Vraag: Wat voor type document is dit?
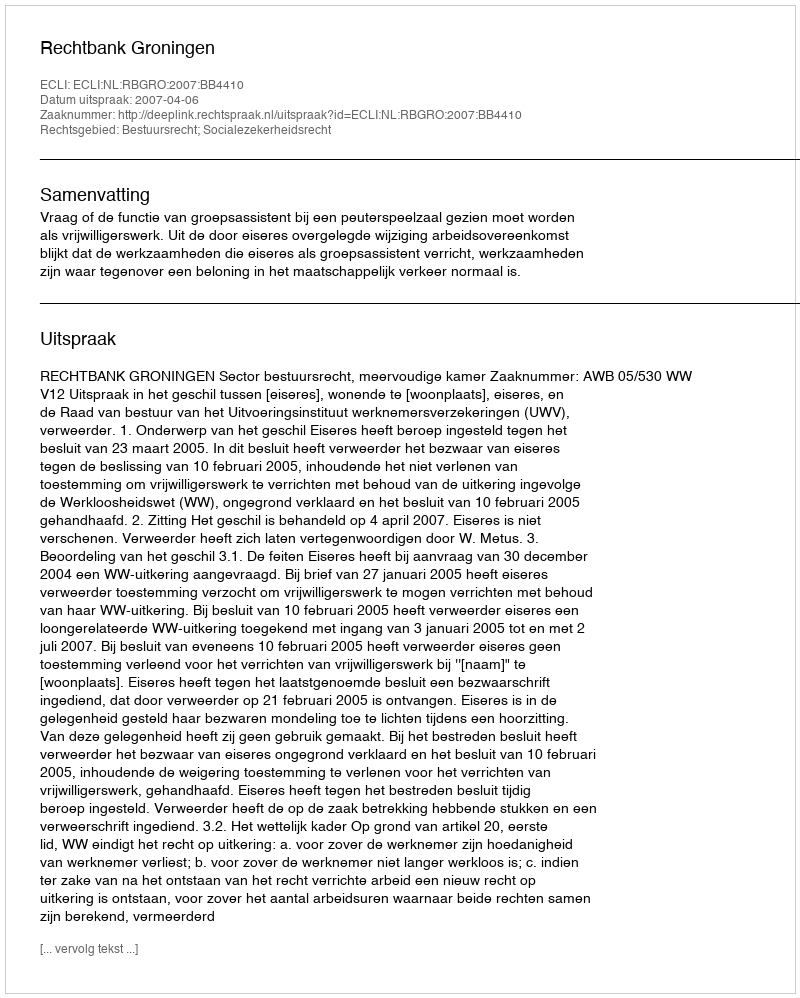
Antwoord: Uitspraak